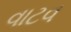
વાટવ